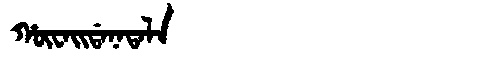
Manchu: ᡥᡡᠸᠠᡳᡩᠠᠨᠠᡨᠠᠯᠠ
Romanization: HŪWAIDANATALA